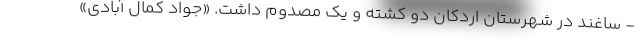
- ساغند در شهرستان اردکان دو کشته و یک مصدوم داشت. «جواد کمال آبادی»